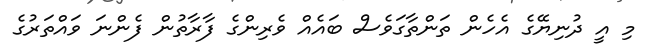
މި އީ ދުނިޔޭގެ އެހެން ތަންތާގަވެސް ބައެއް ވެރިންގެ ފާރާތުން ފެންނަ ވައްތަރުގެ